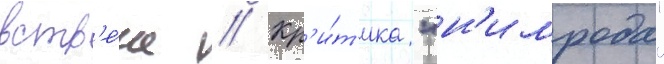
встр'е́че // Кр'и́т'ика "н'имрода"